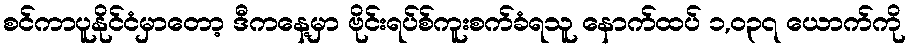
စင်ကာပူနိုင်ငံမှာတော့ ဒီကနေ့မှာ ဗိုင်းရပ်စ်ကူးစက်ခံရသူ နောက်ထပ် ၁,၀၃၇ ယောက်ကို